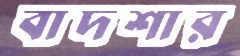
বাদশার